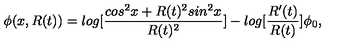
\phi ( x , R ( t ) ) = l o g [ \frac { c o s ^ { 2 } x + R ( t ) ^ { 2 } s i n ^ { 2 } x } { R ( t ) ^ { 2 } } ] - l o g [ { \frac { R ^ { \prime } ( t ) } { R ( t ) } } ] \phi _ { 0 } ,